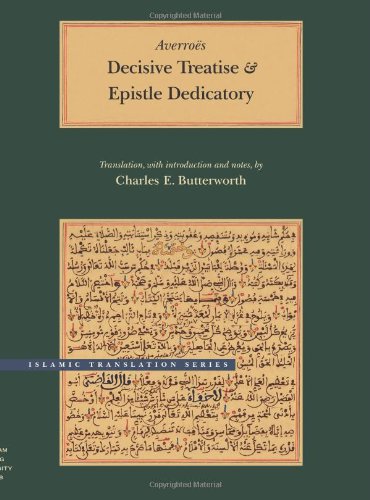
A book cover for Decisive Treatise and Epistle Dedicatory (Brigham Young University - Islamic Translation Series); AverroÃ«s; Politics & Social Sciences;